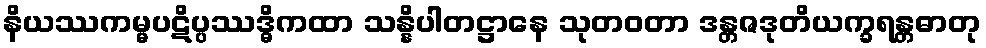
နိယဿကမ္မပဋိပ္ပဿဒ္ဓိကထာ သန္နိပါတဋ္ဌာနေ သုတဝတာ ဒန္တဇဒုတိယက္ခရန္တဓာတု